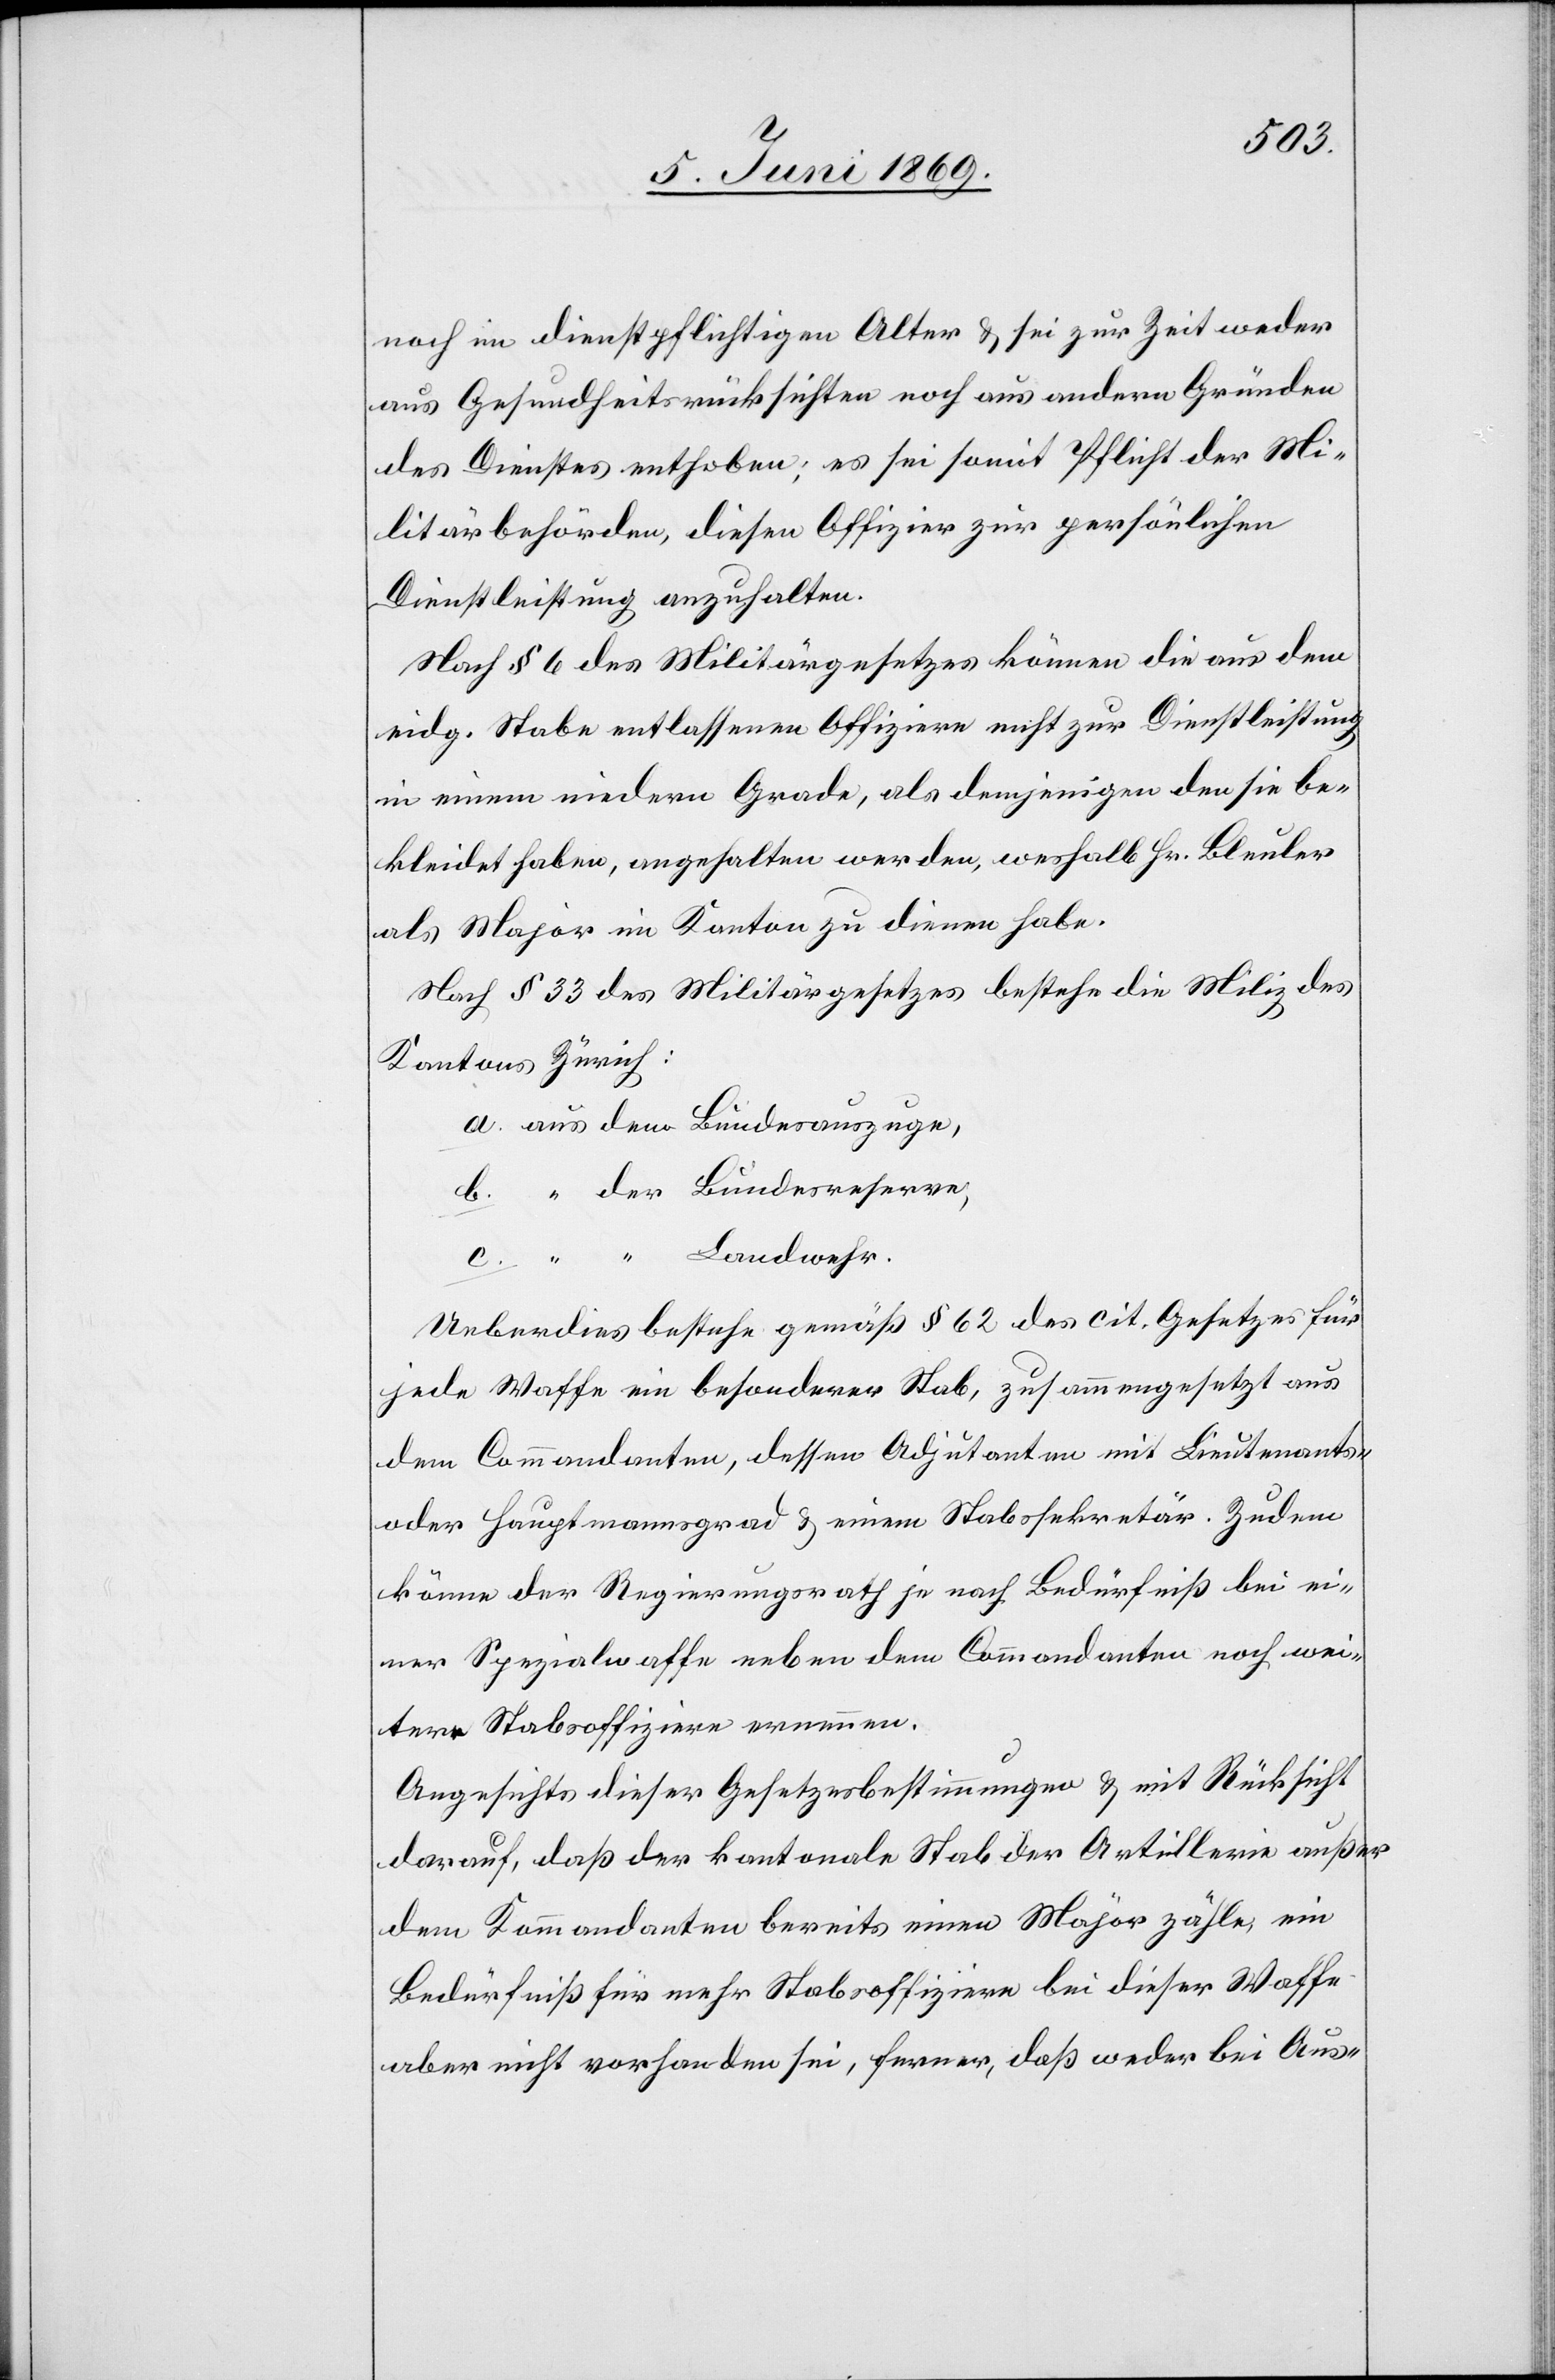
c.
noch im dienstpflichtigen Alter u. sei zur Zeit weder
aus Gesundheitsrücksichten noch aus andern Gründen
des Dienstes enthoben; es sei somit Pflicht der Mi¬
ltärbehörden diesen Offizier zur persönlichen
Dienstleistung anzuhalten.
Nach § 6 des Militärgesetzes können die aus dem
eidg. Stabe entlassenen Offiziere nicht zur Dienstleistung
in einem andern Grade, als demjenigen den sie be¬
kleidet haben, angehalten werden, weshalb Hr. Bleuler
als Major im Kanton zu dienen habe.
Nach § 33 des Militärgesetzes bestehe die Miliz des
Kantons Zürich:
a. aus dem Bundesauszuge,
Ueberdies bestehe gemäß § 62 des cit. Gesetzes für
jede Waffe ein besonderer Stab, zusammengesetzt aus
dem Commandanten, dessen Adjutanten mit Lieutnants-
oder Hauptmannsgrad u. einem Stabssekretär. Zudem
könne der Regierungsrath je nach Bedürfniß bei ei¬
ner Spezialwaffe neben dem Commandanten noch wei¬
tere Stabsoffiziere ernennen.
Angesichts dieser Gesetzesbestimmungen u. mit Rücksicht
darauf, daß der kantonale Stab der Artillerie außer
dem Kommandanten bereits einen Major zähle, ein
Bedürfniß für mehr Stabsoffiziere bei dieser Waffe
aber nicht vorhanden sei, ferner, daß weder bei Aus-